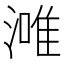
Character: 𣼲